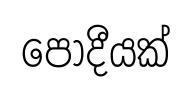
පොදීයක්